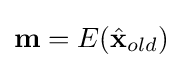
\mathbf {m} =E({\hat {\mathbf {x} }}_{old})